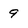
Character: 9